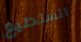
اتستطيع